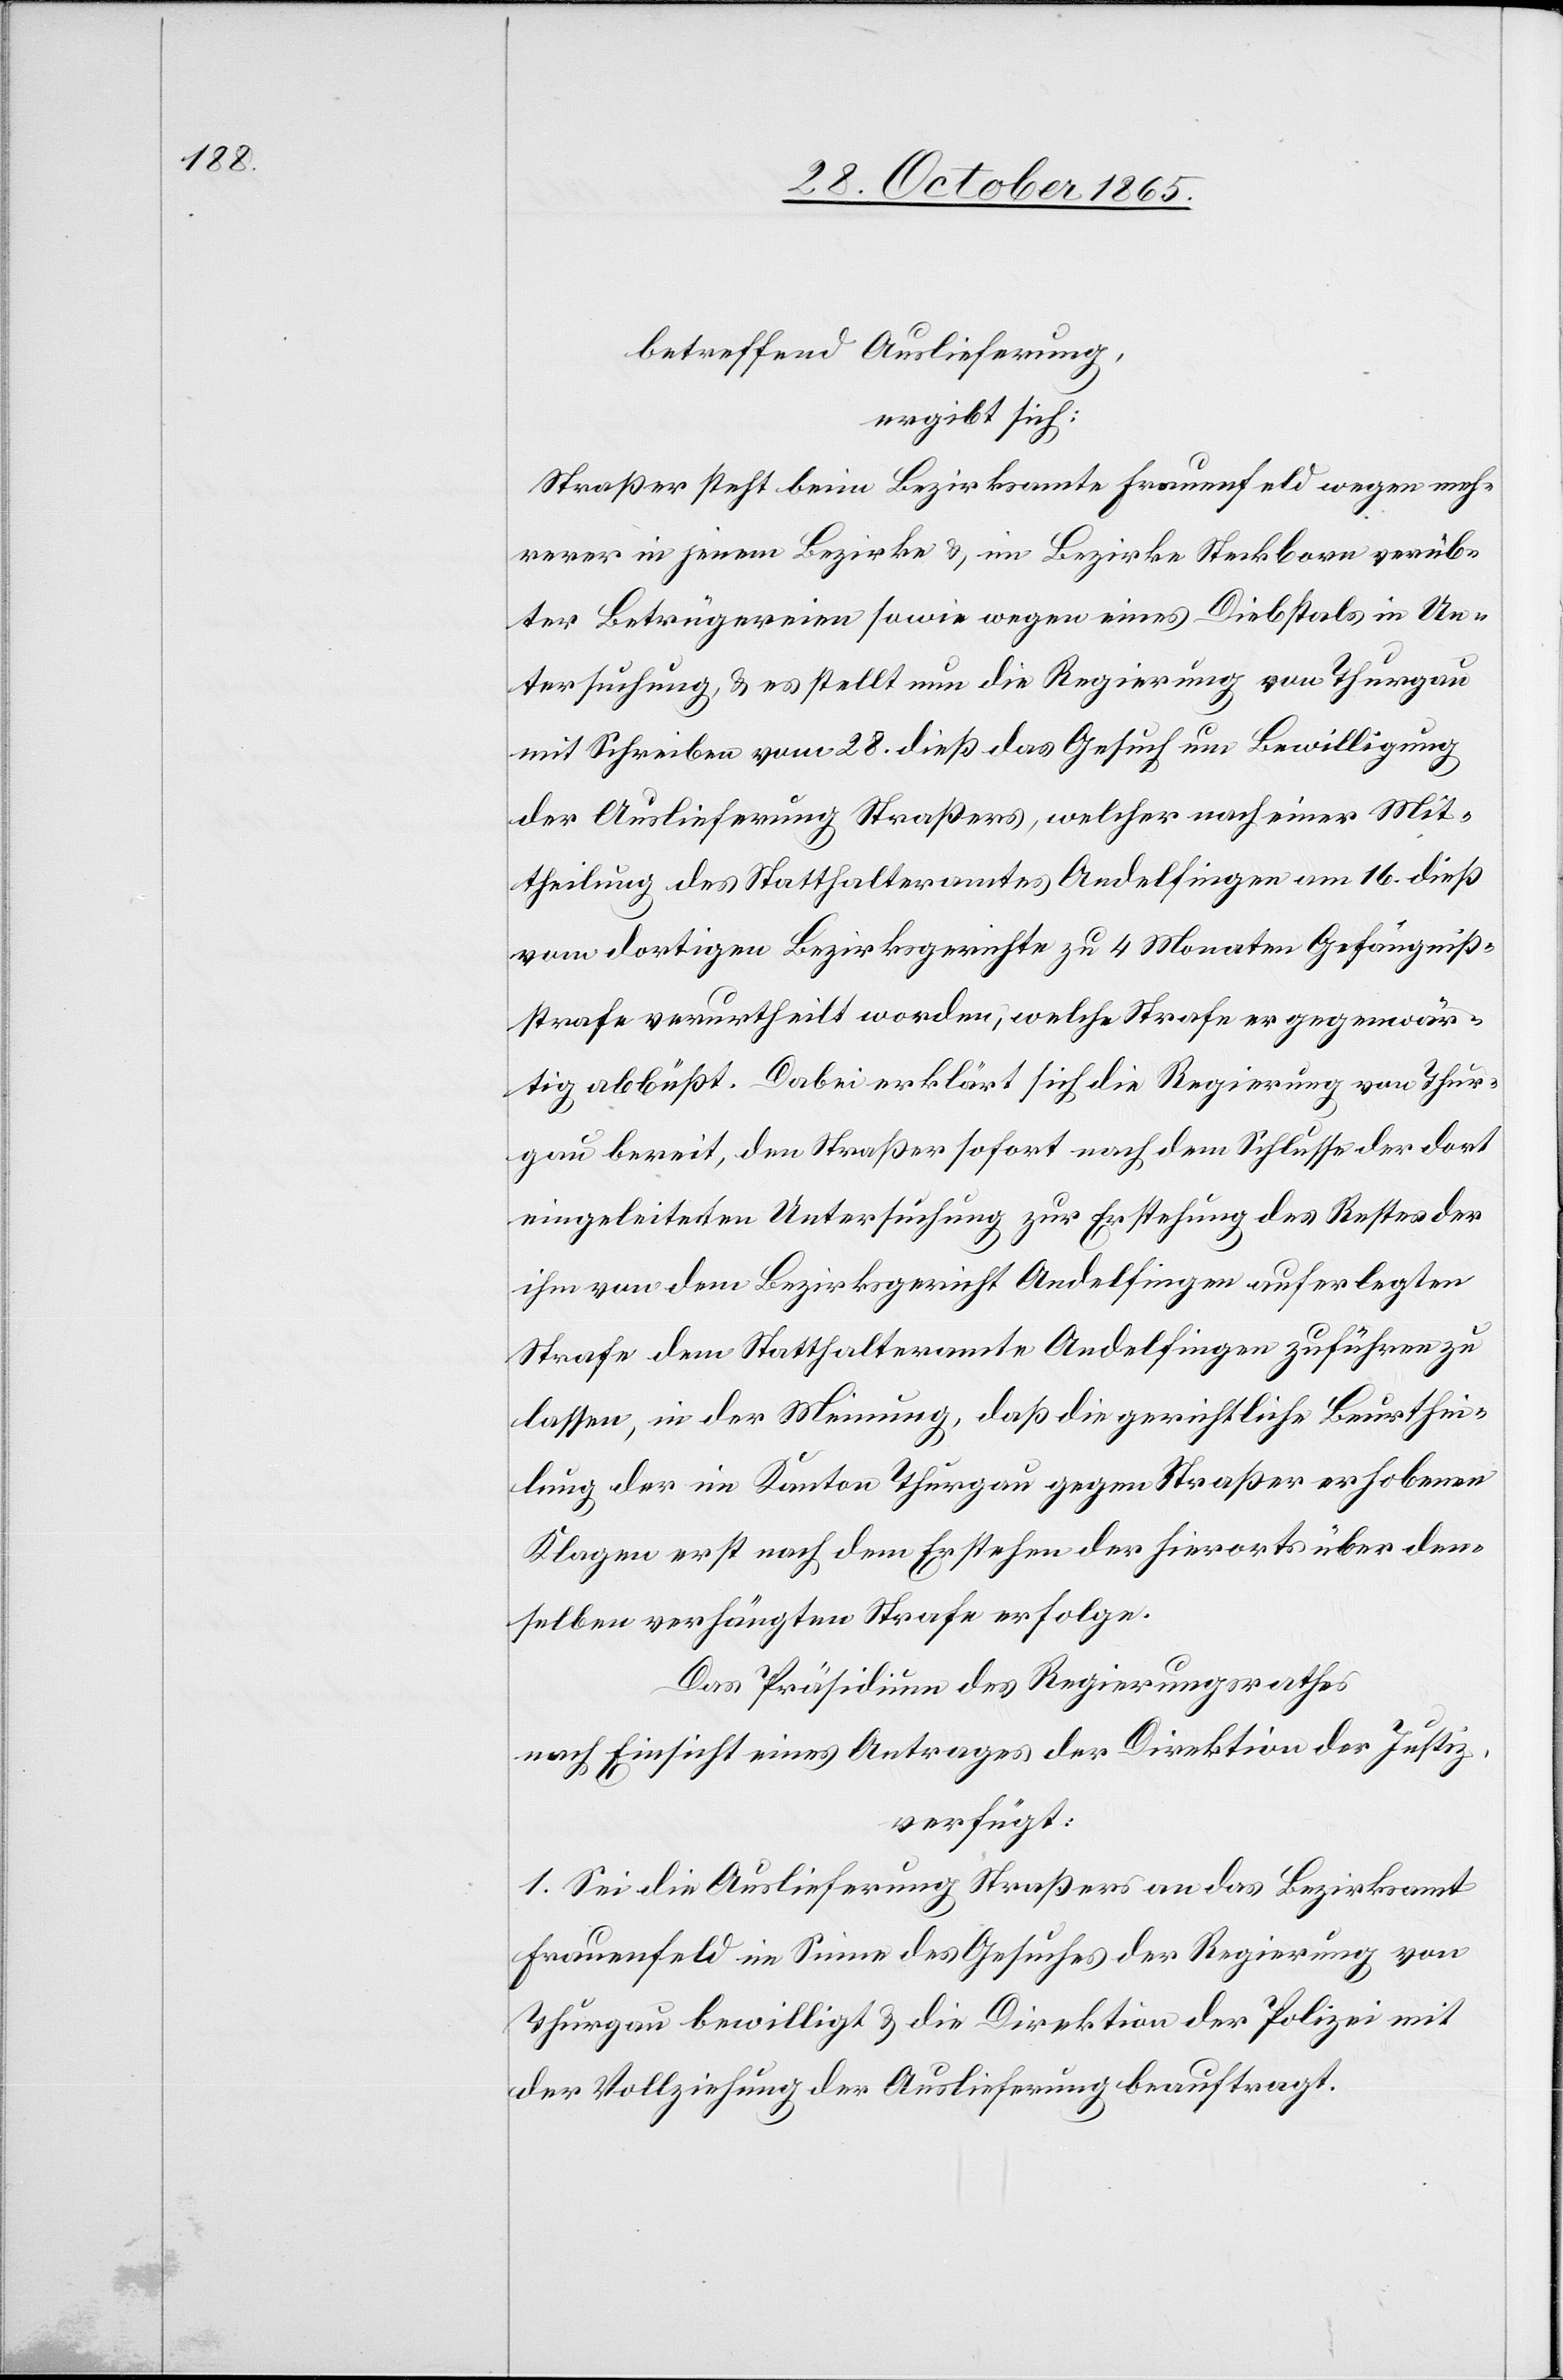
betreffend Auslieferung,
ergibt sich:
Straßer steht beim Bezirksamte Frauenfeld wegen meh¬
rerer in jenem Bezirke & im Bezirke Steckborn verüb¬
ter Betrügereien sowie wegen eines Diebstals in Un¬
tersuchung, & es stellt nun die Regierung von Thurgau
mit Schreiben vom 28. dieß das Gesuch um Bewilligung
der Auslieferung Straßers, welcher nach einer Mit¬
theilung des Statthalteramtes Andelfingen am 16. dieß
vom dortigen Bezirksgerichte zu 4 Monaten Gefängniß¬
strafe verurtheilt worden, welche Strafe er gegenwär¬
tig abbüßt. Dabei erklärt sich die Regierung von Thur¬
gau bereit, den Straßer sofort nach dem Schlusse der dort
eingeleiteten Untersuchung zur Erstehung des Restes der
ihm von dem Bezirksgericht Andelfingen auferlegten
Strafe dem Statthalteramte Andelfingen zuführen zu
lassen, in der Meinung, daß die gerichtliche Beurthei¬
lung der im Kanton Thurgau gegen Straßer erhobenen
Klagen erst nach dem Erstehen der hierorts über den¬
selben verhängten Strafe erfolge.
Das Präsidium des Regierungsrathes
nach Einsicht eines Antrages der Direktion der Justiz,
verfügt:
1. Sei die Auslieferung Straßers an das Bezirksamt
Frauenfeld im Sinne des Gesuches der Regierung von
Thurgau bewilligt & die Direktion der Polizei mit